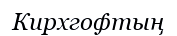
Кирхгофтың